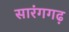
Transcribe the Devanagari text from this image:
सारंगगढ़